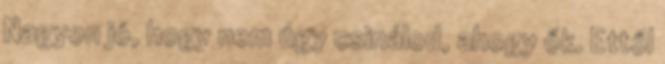
Nagyon jó, hogy nem úgy csinálod, ahogy ők. Ettől